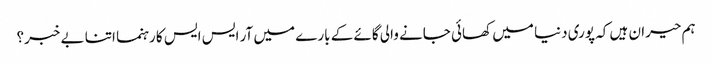
ہم حیران ہیں کہ پوری دنیا میں کھائی جانے والی گائے کے بارے میں آر ایس ایس کا رہنما اتنا بے خبر؟